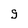
Character: g